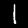
Digit: 1